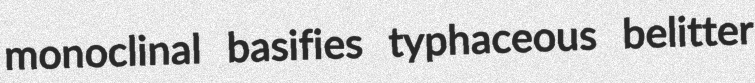
monoclinal basifies typhaceous belitter